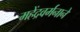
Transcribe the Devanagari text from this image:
महेंद्रवर्मनाने